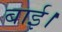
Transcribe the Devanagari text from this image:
बाई।